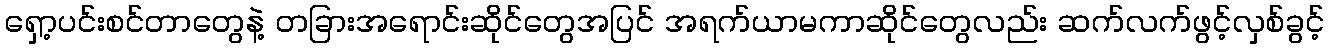
ရှော့ပင်းစင်တာတွေနဲ့ တခြားအရောင်းဆိုင်တွေအပြင် အရက်ယာမကာဆိုင်တွေလည်း ဆက်လက်ဖွင့်လှစ်ခွင့်